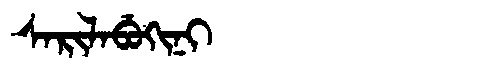
Manchu: ᠰᠠᡵᡳᠯᠠᠪᡠᡴᡳᠨᡳ
Romanization: SARILABUKINI